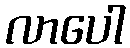
လာပေါ